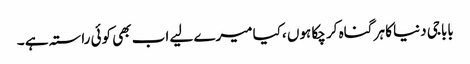
باباجی دنیا کا ہر گناہ کر چکا ہوں ،کیا میرے لیے اب بھی کوئی راستہ ہے ۔